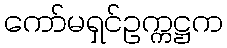
ကော်မရှင်ဥက္ကဋ္ဌက